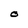
Character: O